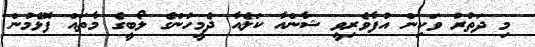
މި ދަތުރު ވަކިން އުފާވެރިވީ ޝާންއާ ކަލެއާ ދެމީހުންގެ ލޯބީގެ މާތައް ފޮޅެމުން